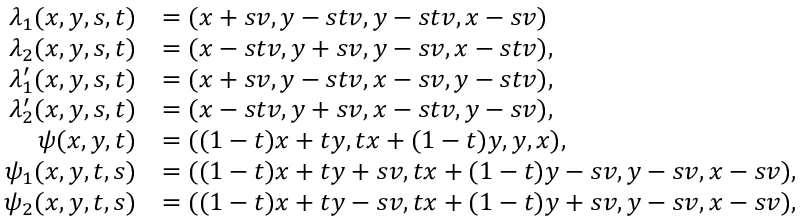
\begin{array} { r l } { \lambda _ { 1 } ( x , y , s , t ) } & { = ( x + s v , y - s t v , y - s t v , x - s v ) } \\ { \lambda _ { 2 } ( x , y , s , t ) } & { = ( x - s t v , y + s v , y - s v , x - s t v ) , } \\ { \lambda _ { 1 } ^ { \prime } ( x , y , s , t ) } & { = ( x + s v , y - s t v , x - s v , y - s t v ) , } \\ { \lambda _ { 2 } ^ { \prime } ( x , y , s , t ) } & { = ( x - s t v , y + s v , x - s t v , y - s v ) , } \\ { \psi ( x , y , t ) } & { = ( ( 1 - t ) x + t y , t x + ( 1 - t ) y , y , x ) , } \\ { \psi _ { 1 } ( x , y , t , s ) } & { = ( ( 1 - t ) x + t y + s v , t x + ( 1 - t ) y - s v , y - s v , x - s v ) , } \\ { \psi _ { 2 } ( x , y , t , s ) } & { = ( ( 1 - t ) x + t y - s v , t x + ( 1 - t ) y + s v , y - s v , x - s v ) , } \end{array}